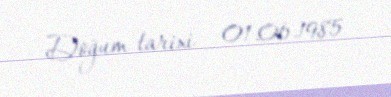
Doğum tarixi — 01.06.1985